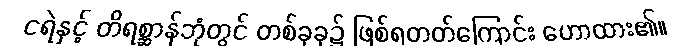
ငရဲနှင့် တိရစ္ဆာန်ဘုံတွင် တစ်ခုခု၌ ဖြစ်ရတတ်ကြောင်း ဟောထား၏။